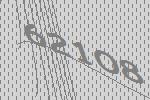
62108